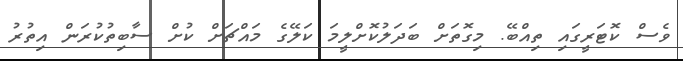
ވެސް ކޮޓަރީގައި ތިއްބޭ. މިގޮތަށް ބަދަލުކޮށްލީމަ ކަލޭގެ މައްޗަށް ކުށް ސާބިތުކުރަން އިތުރު